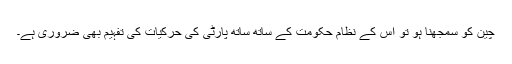
چین کو سمجھنا ہو تو اس کے نظام حکومت کے ساتھ ساتھ پارٹی کی حرکیات کی تفہیم بھی ضروری ہے۔